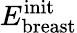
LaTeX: E_{\mathrm{breast}}^{\mathrm{init}}